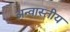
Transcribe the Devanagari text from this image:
अन्वास्तीय